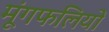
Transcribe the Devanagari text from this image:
मूंगफलियों